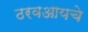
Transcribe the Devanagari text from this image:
ठरवआयचे